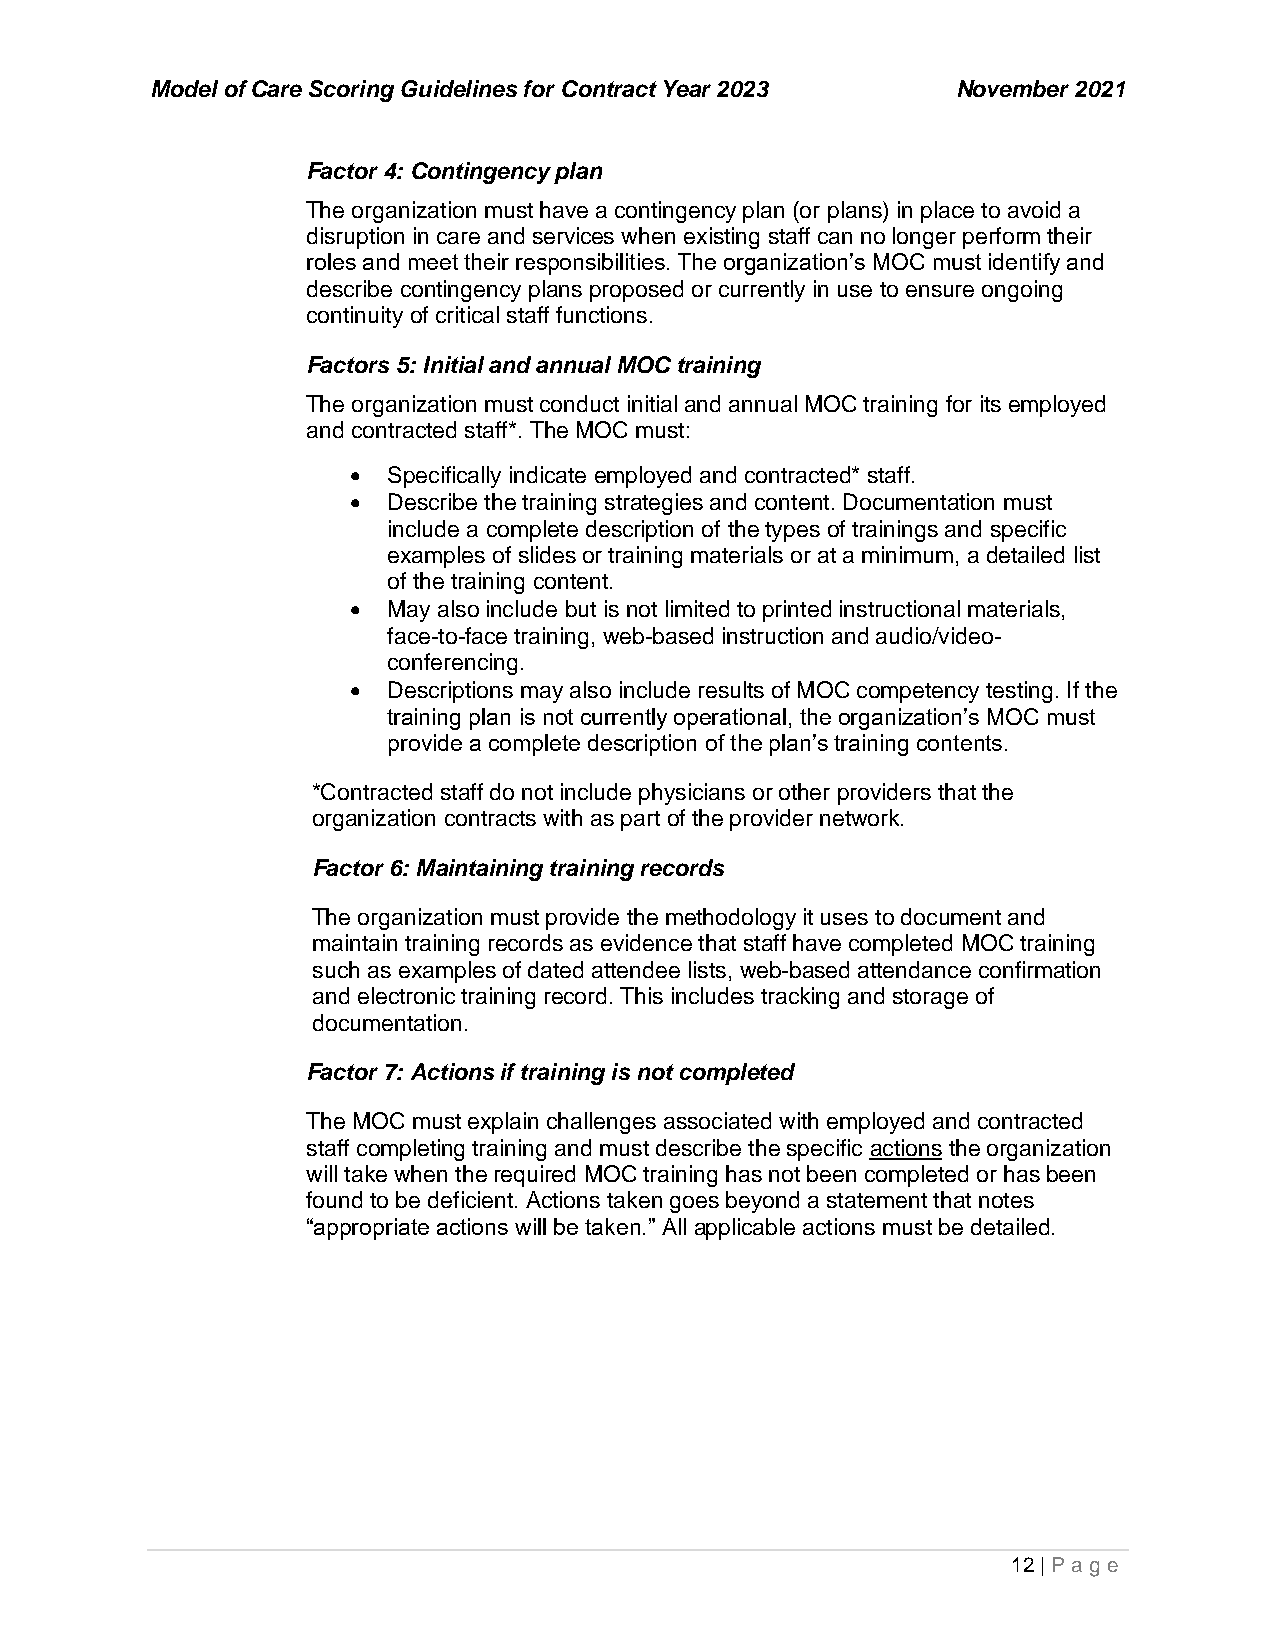
Model of Care Scoring Guidelines for Contract Year 2023 November 2021
 Factor 4: Contingency plan
 The organization must have a contingency plan (or plans) in place to avoid a
 disruption in care and services when existing staff can no longer perform their
 roles and meet their responsibilities. The organization’s MOC must identify and
 describe contingency plans proposed or currently in use to ensure ongoing
 continuity of critical staff functions.
 Factors 5: Initial and annual MOC training
 The organization must conduct initial and annual MOC training for its employed
 and contracted staff*. The MOC must:
 •  Specifically indicate employed and contracted* staff.
 •  Describe the training strategies and content. Documentation must
 include a complete description of the types of trainings and specific
 examples of slides or training materials or at a minimum, a detailed list
 of the training content.
 •  May also include but is not limited to printed instructional materials,
 face-to-face training, web-based instruction and audio/video-
 conferencing.
 •  Descriptions may also include results of MOC competency testing. If the
 training plan is not currently operational, the organization’s MOC must
 provide a complete description of the plan’s training contents.
 *Contracted staff do not include physicians or other providers that the
 organization contracts with as part of the provider network.
 Factor 6: Maintaining training records
 The organization must provide the methodology it uses to document and
 maintain training records as evidence that staff have completed MOC training
 such as examples of dated attendee lists, web-based attendance confirmation
 and electronic training record. This includes tracking and storage of
 documentation.
 Factor 7: Actions if training is not completed
 The MOC must explain challenges associated with employed and contracted
 staff completing training and must describe the specific actions the organization
 will take when the required MOC training has not been completed or has been
 found to be deficient. Actions taken goes beyond a statement that notes
 “appropriate actions will be taken.” All applicable actions must be detailed.
 12 | P age